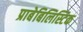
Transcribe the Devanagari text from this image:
प्राबेबिलिस्टिक